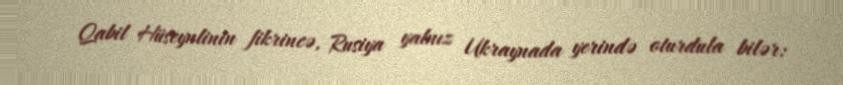
Qabil Hüseynlinin fikrincə, Rusiya yalnız Ukraynada yerində oturdula bilər: